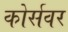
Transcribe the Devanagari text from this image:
कोर्सवर